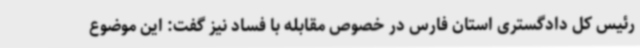
رئیس کل دادگستری استان فارس در خصوص مقابله با فساد نیز گفت: این موضوع